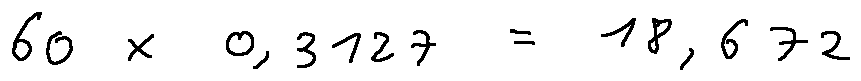
6 0 \times 0 , 3 1 2 7 = 1 8 , 6 7 2